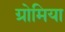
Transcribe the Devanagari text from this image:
ग्रोमिया